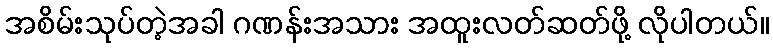
အစိမ်းသုပ်တဲ့အခါ ဂဏန်းအသား အထူးလတ်ဆတ်ဖို့ လိုပါတယ်။